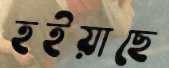
হইয়াছে